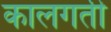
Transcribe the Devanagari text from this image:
कालगती